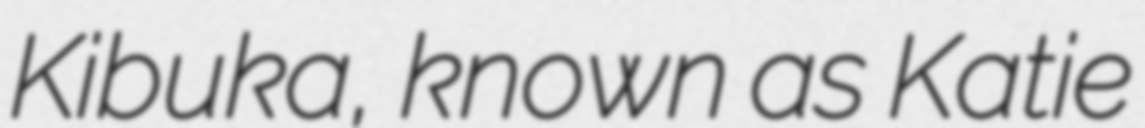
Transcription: Kibuka, known as Katie